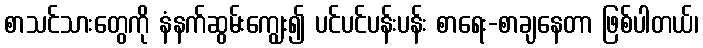
စာသင်သားတွေကို နံနက်ဆွမ်းကျွေး၍ ပင်ပင်ပန်းပန်း စာရေး-စာချနေတာ ဖြစ်ပါတယ်၊